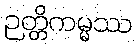
ဉတ္တိကမ္မဿ